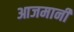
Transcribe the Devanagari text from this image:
आजमानी